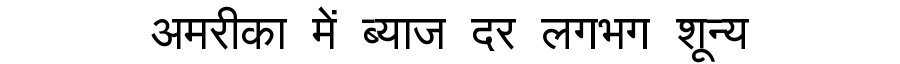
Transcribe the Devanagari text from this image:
अमरीका में ब्याज दर लगभग शून्य